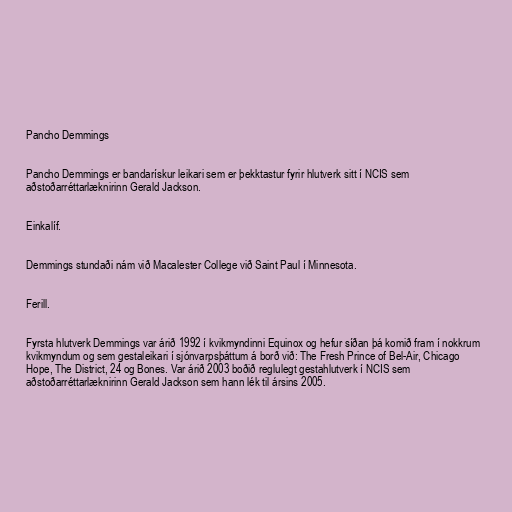
Pancho Demmings

Pancho Demmings er bandarískur leikari sem er þekktastur fyrir hlutverk sitt í NCIS sem
aðstoðarréttarlæknirinn Gerald Jackson.

Einkalíf.

Demmings stundaði nám við Macalester College við Saint Paul í Minnesota.

Ferill.

Fyrsta hlutverk Demmings var árið 1992 í kvikmyndinni Equinox og hefur síðan þá komið fram í nokkrum
kvikmyndum og sem gestaleikari í sjónvarpsþáttum á borð við: The Fresh Prince of Bel-Air, Chicago
Hope, The District, 24 og Bones. Var árið 2003 boðið reglulegt gestahlutverk í NCIS sem
aðstoðarréttarlæknirinn Gerald Jackson sem hann lék til ársins 2005.